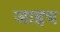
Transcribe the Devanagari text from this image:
जाइच